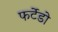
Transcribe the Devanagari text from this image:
फर्टेडो